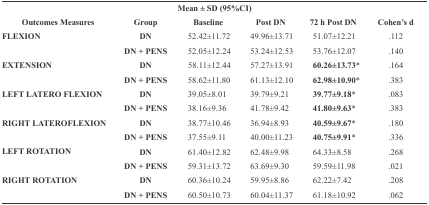
<table><thead><tr><td colspan="6"><b>Mean ± SD (95%CI)</b></td></tr></thead><tbody><tr><td><b>Outcomes Measures</b></td><td><b>Group</b></td><td><b>Baseline</b></td><td><b>Post DN</b></td><td><b>72 h Post DN</b></td><td><b>Cohen’s d</b></td></tr><tr><td rowspan="2"><b>FLEXION</b></td><td rowspan="2"><b>DN</b><b>DN + PENS</b></td><td rowspan="2">52.42±11.72 52.05±12.24 </td><td rowspan="2">49.96±13.71 53.24±12.53</td><td>51.07±12.21</td><td>.112</td></tr><tr><td>53.76±12.07</td><td>.140</td></tr><tr><td rowspan="2"><b>EXTENSION</b></td><td rowspan="2"><b>DN</b><b>DN + PENS</b></td><td rowspan="2">58.11±12.44 58.62±11.80 </td><td rowspan="2">57.27±13.91 61.13±12.10</td><td><b>60.26±13.73</b>*</td><td>.164</td></tr><tr><td><b>62.98±10.90</b>*</td><td>.383</td></tr><tr><td rowspan="2"><b>LEFT LATERO FLEXION</b></td><td rowspan="2"><b>DN</b><b>DN + PENS</b></td><td rowspan="2">39.05±8.01 38.16±9.36 </td><td rowspan="2">39.79±9.21 41.78±9.42 </td><td><b>39.77±9.18</b>*</td><td>.083</td></tr><tr><td><b>41.80±9.63</b>*</td><td>.383</td></tr><tr><td rowspan="2"><b>RIGHT LATEROFLEXION</b></td><td rowspan="2"><b>DN</b><b>DN + PENS</b></td><td rowspan="2">38.77±10.46 37.55±9.11</td><td rowspan="2">36.94±8.93 40.00±11.23</td><td><b>40.59±9.67</b>*</td><td>.180</td></tr><tr><td><b>40.75±9.91</b>*</td><td>.336</td></tr><tr><td rowspan="2"><b>LEFT ROTATION</b></td><td rowspan="2"><b>DN</b><b>DN + PENS</b></td><td rowspan="2">61.40±12.82 59.31±13.72</td><td rowspan="2">62.48±9.98 63.69±9.30</td><td>64.33±8.58</td><td>.268</td></tr><tr><td>59.59±11.98</td><td>.021</td></tr><tr><td rowspan="2"><b>RIGHT ROTATION</b></td><td rowspan="2"><b>DN</b><b>DN + PENS</b></td><td rowspan="2">60.36±10.24 60.50±10.73</td><td rowspan="2">59.95±8.86 60.04±11.37</td><td>62.22±7.42</td><td>.208</td></tr><tr><td>61.18±10.92</td><td>.062</td></tr></tbody></table>